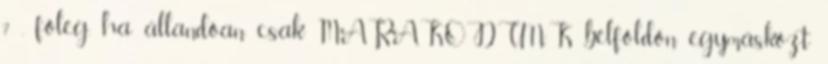
? , főleg, ha állandóan csak MARAKODUNK belföldőn egymásközt